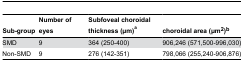
<table><thead><tr><td><b>Sub-group</b></td><td><b>Number of eyes</b></td><td><b>Subfoveal choroidal thickness (μm)<sup>a</sup></b></td><td><b>choroidal area (μm<sup>2</sup>)<sup>b</sup></b></td></tr></thead><tbody><tr><td>SMD</td><td>9</td><td>364 (250-400)</td><td>906,246 (571,500-996,030)</td></tr><tr><td>Non-SMD</td><td>9</td><td>276 (142-351)</td><td>798,066 (255,240-906,876)</td></tr></tbody></table>